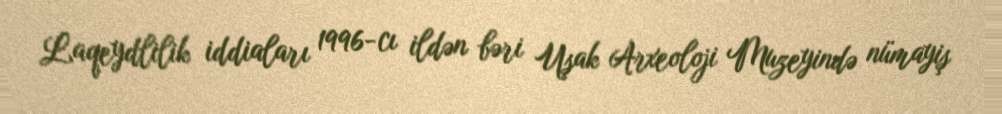
Laqeydlilik iddiaları 1996-cı ildən bəri Uşak Arxeoloji Muzeyində nümayiş